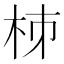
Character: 𣐈